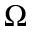
\Omega